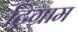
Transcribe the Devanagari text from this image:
ट्रिग्राम